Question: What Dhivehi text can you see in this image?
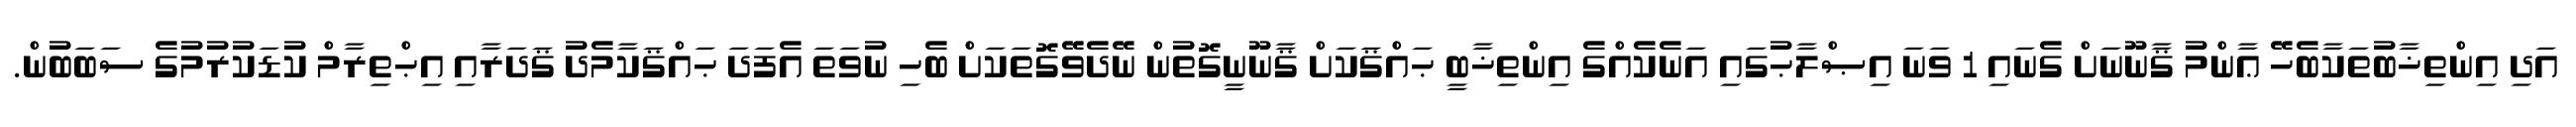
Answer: އަދި އިންތިޚާބުތަކާބެހޭ ޢާންމު ޤާނޫނަށް ގެނައި 1 ވަނަ އިޞްލާޙުގައި އަނެކެއްގެ އިންތިޚާބީ ޙައްޤަކަށް ޤާނޫނީގޮތުން ނޭދެވޭގޮތަކަށް ބެހި ނުވަތަ އެފަދަ ޙައްޤަކާމެދު ޤަދަރާއި އިޙްތިރާމް ކުޑަކުރުމުގެ ސަބަބުން.